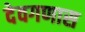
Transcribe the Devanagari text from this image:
देवगणास